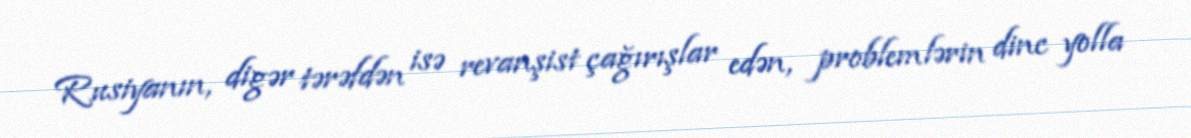
Rusiyanın, digər tərəfdən isə revanşist çağırışlar edən, problemlərin dinc yolla